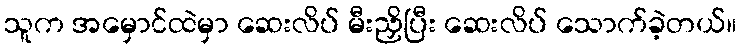
သူက အမှောင်ထဲမှာ ဆေးလိပ် မီးညှိပြီး ဆေးလိပ် သောက်ခဲ့တယ်။